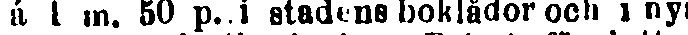
á 1 m. 50 p. i stadens boklådor ocli i nya